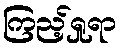
ကြည့်ရှုရာ